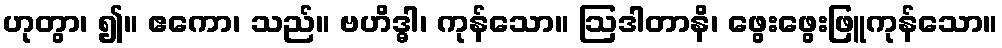
ဟုတွာ၊ ၍။ ဧကော၊ သည်။ ဗဟိဒ္ဓါ၊ ကုန်သော။ ဩဒါတာနိ၊ ဖွေးဖွေးဖြူကုန်သော။